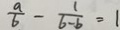
\frac { a } { 6 } - \frac { 1 } { 6 - b } = 1